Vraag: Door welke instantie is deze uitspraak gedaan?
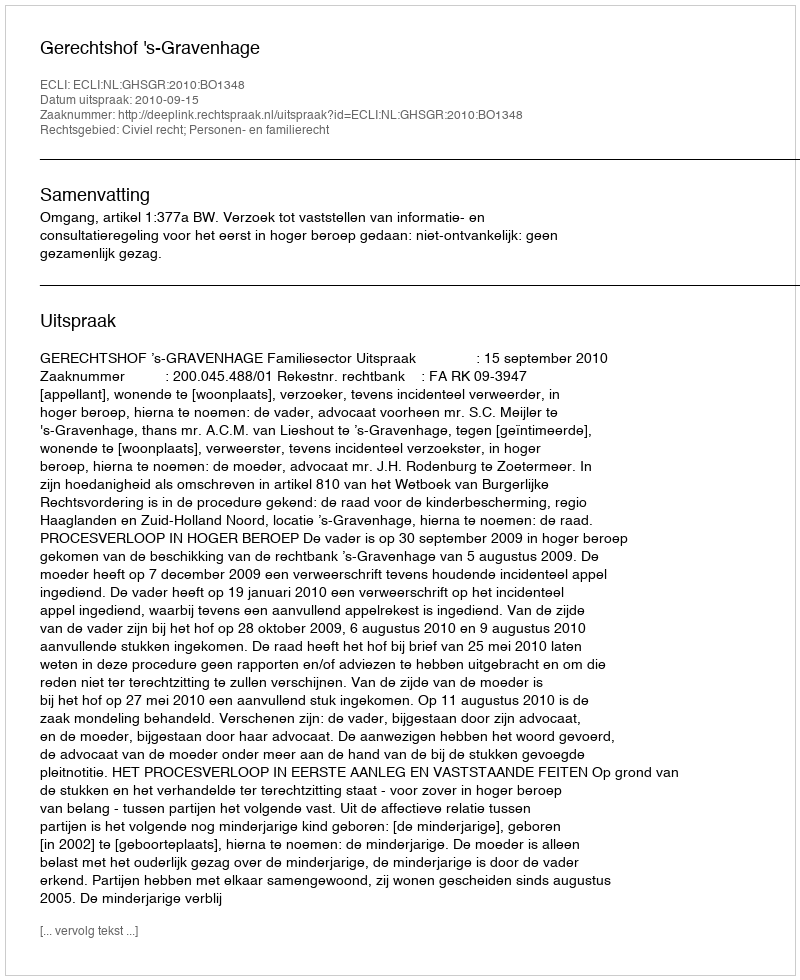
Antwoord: Gerechtshof 's-Gravenhage